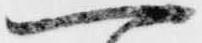
一